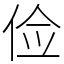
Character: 俭